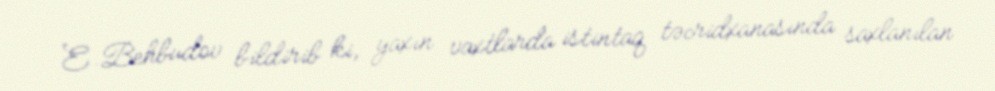
E.Behbudov bildirib ki, yaxın vaxtlarda istintaq təcridxanasında saxlanılan